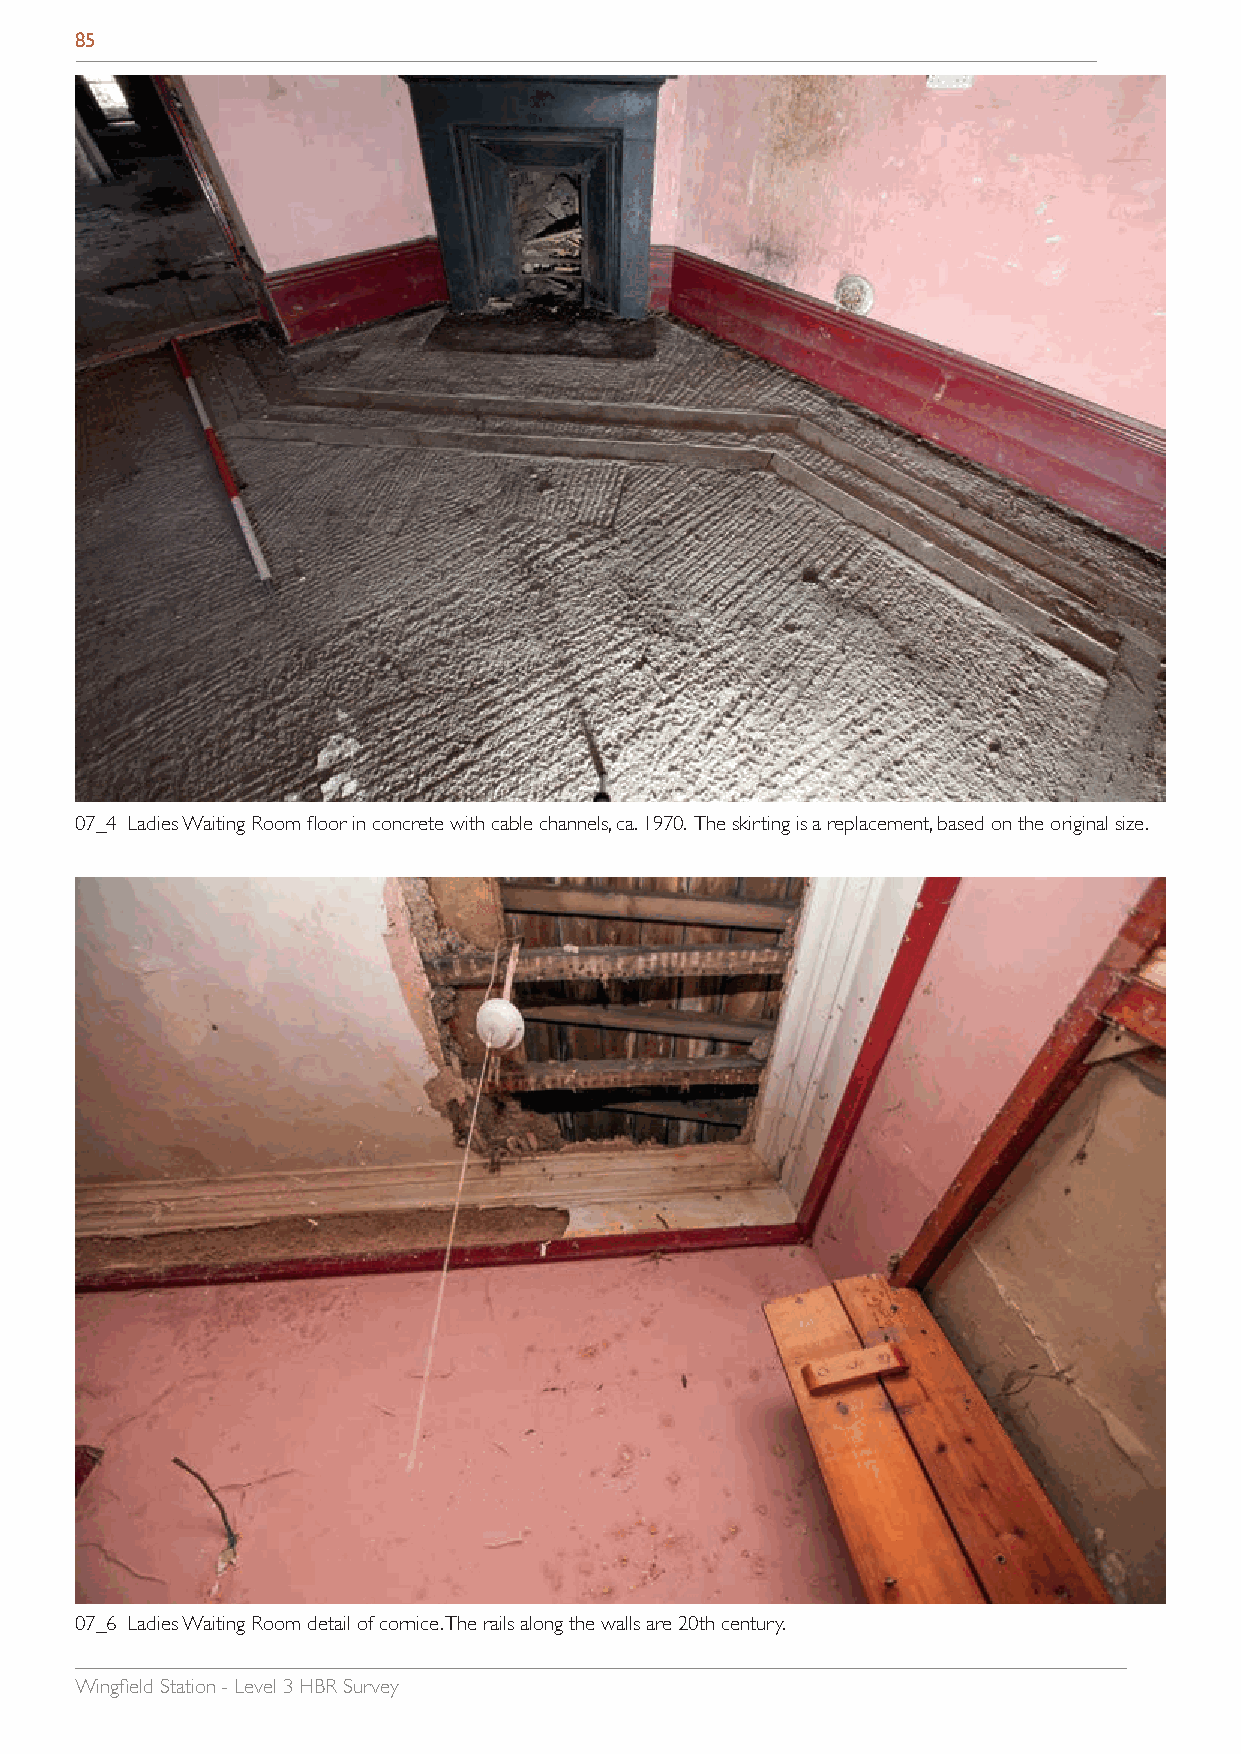
85
 07_4 Ladies Waiting Room floor in concrete with cable channels, ca. 1970. The skirting is a replacement, based on the original size.
 07_6 Ladies Waiting Room detail of cornice. The rails along the walls are 20th century.
 Wingfield Station - Level 3 HBR Survey